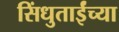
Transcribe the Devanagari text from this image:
सिंधुताईंच्या